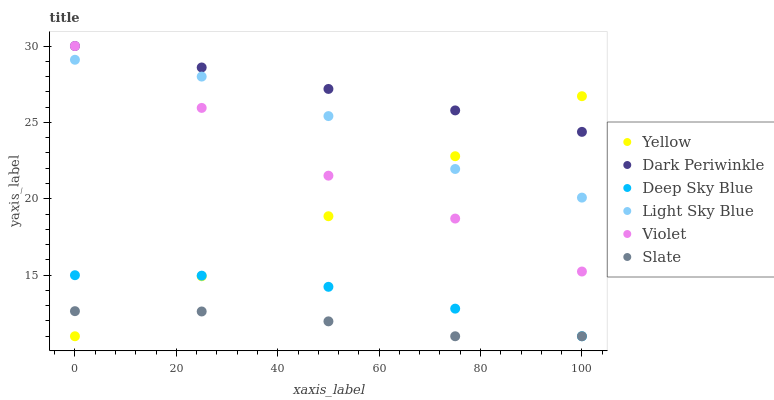
| xaxis_label | Yellow | Dark Periwinkle | Deep Sky Blue | Light Sky Blue | Violet | Slate |
 | --- | --- | --- | --- | --- | --- | --- |
 | 0 | 11 | 30 | 15 | 29.1 | 30 | 12.6 |
 | 25 | 14.9 | 28.6 | 15 | 28 | 25.9 | 12.6 |
 | 50 | 18.9 | 27.2 | 14.2 | 25.4 | 21.5 | 12 |
 | 75 | 22.8 | 25.8 | 12.8 | 21.9 | 18.7 | 11 |
 | 100 | 26.7 | 24.4 | 11 | 20.1 | 15.2 | 11 |